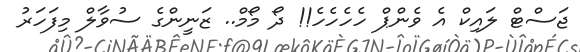
ޖަސްޓް ލައިކް އެ ވެންޕް ހެހެހެހެ!! ދޯ މޯމް.. ޒަނީންގެ ސުވާލް މިފަހަރު